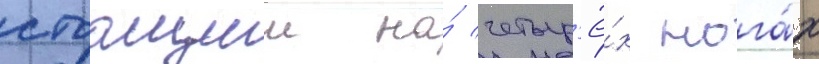
стоащии на́ четыр'ё́х нога́х